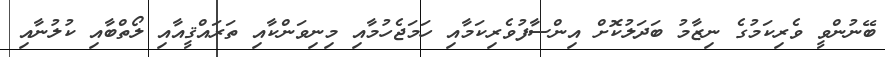
ބޭނުންވީ ވެރިކަމުގެ ނިޒާމު ބަދަލުކޮށް އިންސާފުވެރިކަމާއި ހަމަޖެހުމާއި މިނިވަންކާއި ތަރައްޤީއާއި ލޯތްބާއި ކުލުނާއި